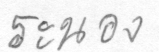
ระนอง